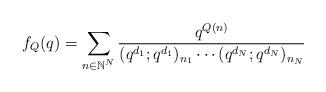
LaTeX: \begin{align*} f_Q (q) = \sum_{n \in \mathbb{N}^N} \frac{q^{Q(n)}}{(q^{d_1}; q^{d_1})_{n_1} \cdots (q^{d_N};q^{d_N})_{n_N}}\end{align*}